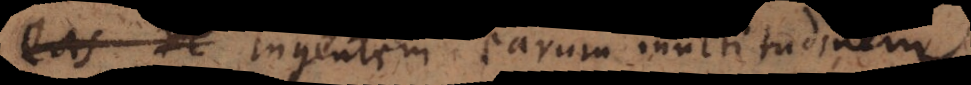
nobis ingentem earum multitudinem